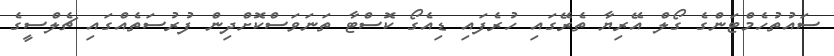
ސައުތުހެމްޓަންގެ ގޯލް އޭރިޔާ ތެރޭގައި ހުރެފައި ޑިއެގޯ ކޮސްޓާ ތަނަވަސްކޮށްދިން ފުރުސަތެއްގައި ޗެލްސީގެ